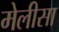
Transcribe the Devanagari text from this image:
मेलीसा